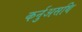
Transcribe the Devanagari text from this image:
कर्नुअसथि